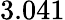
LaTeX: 3.041